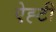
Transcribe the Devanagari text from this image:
ऐह्टी